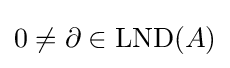
0\neq \partial \in \operatorname {LND} (A)